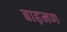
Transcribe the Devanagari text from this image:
बाह़मण